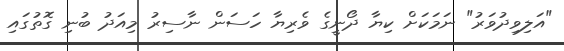
"އަލިވިދުވަރު" ނަމަކަށް ކިޔާ ދޯނީގެ ވެރިޔާ ހަސަން ނާސިރު މިއަދު ބުނި ގޮތުގައި